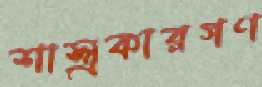
শাস্ত্রকারগণ